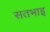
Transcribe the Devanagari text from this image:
सतभाइ